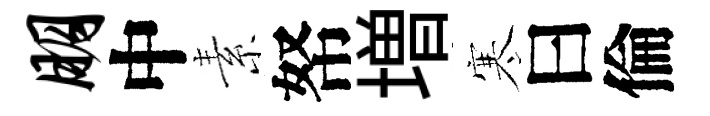
朋中素帑増寒曰倫